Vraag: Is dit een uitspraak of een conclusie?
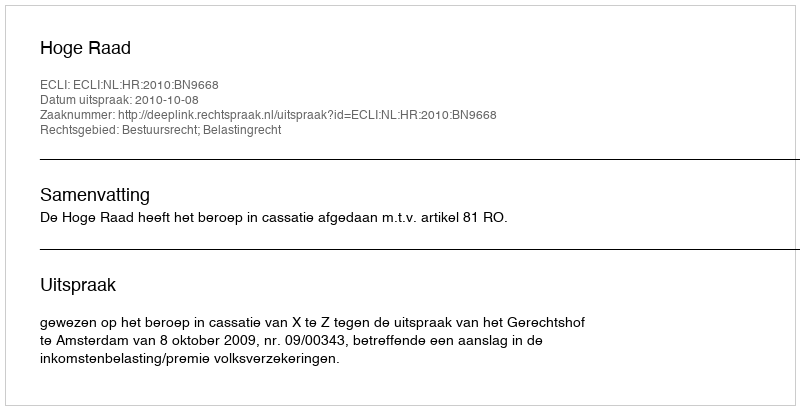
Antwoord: Uitspraak